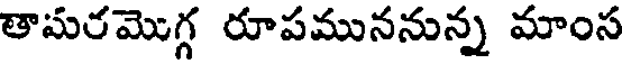
తామరమొగ్గ రూపముననున్న మాంస